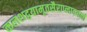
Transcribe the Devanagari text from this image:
कलशद्वयामृतसैराप्लावयन्तं